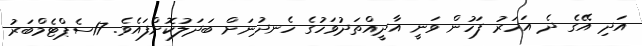
އަދި އޭގެ ދެ އަހަރު ފަހުން ވަނީ އާދީއްތަދުވަހުގެ ހެނދުނަށް ބަދަލުކޮށްފައެވެ. 17ސެޕްޓެމްބަރު